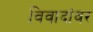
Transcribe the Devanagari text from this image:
विवादांवर